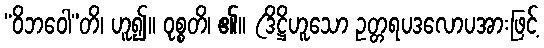
“ဝိဘဝေါ”တိ၊ ဟူ၍။ ဝုစ္စတိ၊ ၏။ (ဒိဋ္ဌိဟူသော ဥတ္တရပဒလောပအားဖြင့်